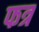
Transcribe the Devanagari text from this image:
फत्र